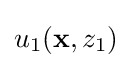
u_{1}(\mathbf {x} ,z_{1})